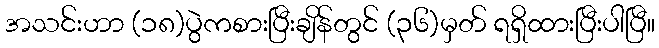
အသင်းဟာ (၁၈)ပွဲကစားပြီးချိန်တွင် (၃၆)မှတ် ရရှိထားပြီးပါပြီ။